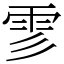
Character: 𩁺